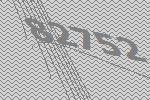
82752